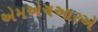
એમએચઆરએ